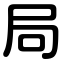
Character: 局